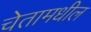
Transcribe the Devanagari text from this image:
चेतामधील